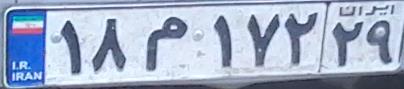
۱۸م۱۷۲۲۹